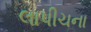
લાપીચના